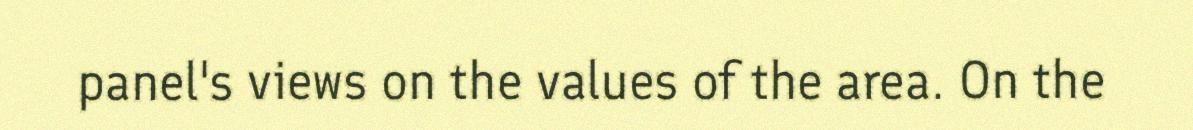
panel's views on the values of the area. On the